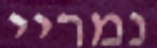
נמריי